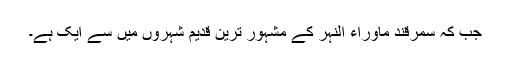
جب کہ سمرقند ماوراء النہر کے مشہور ترین قدیم شہروں میں سے ایک ہے۔